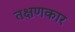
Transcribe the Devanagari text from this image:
तक्षणकार